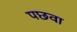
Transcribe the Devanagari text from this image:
पछवा